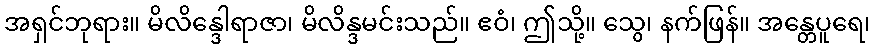
အရှင်ဘုရား။ မိလိန္ဒေါရာဇာ၊ မိလိန္ဒမင်းသည်။ ဧဝံ၊ ဤသို့။ သွေ၊ နက်ဖြန်။ အန္တေပူရေ၊